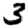
Digit: 3